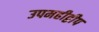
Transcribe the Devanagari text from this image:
उपमहीद्वीप